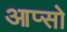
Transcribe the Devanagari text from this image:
आप्सो